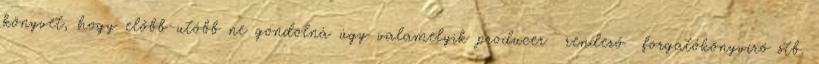
könyvet, hogy előbb-utóbb ne gondolná úgy valamelyik producer rendező forgatókönyvíró stb.